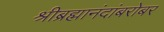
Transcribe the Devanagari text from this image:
श्रीब्रह्मानंदांबरोबर